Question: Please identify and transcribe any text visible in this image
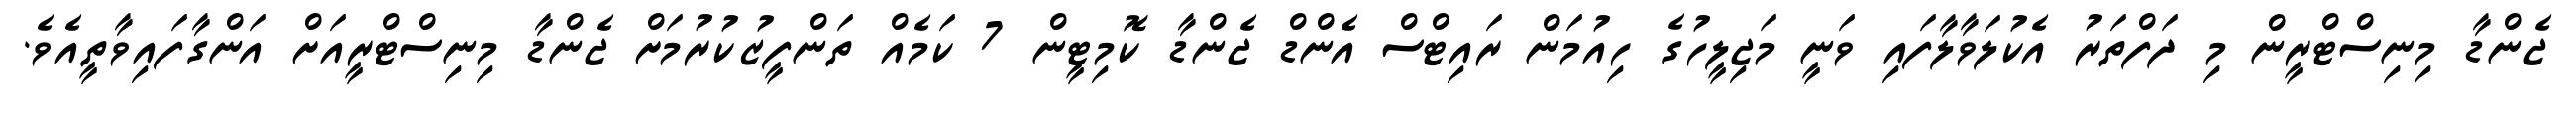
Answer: ޖެންޑާ މިނިސްޓްރީން މި ދަފްތަރު އެކުލަވާލާފައި ވަނީ މަޖިލީހުގެ ހިއުމަން ރައިޓްސް އެންޑް ޖެންޑާ ކޮމިޓީން 7 ކަމެއް ތަންފީޒުކުރުމަށް ޖެންޑާ މިނިސްޓްރީއަށް އަންގާފައިވާތީއެވެ.